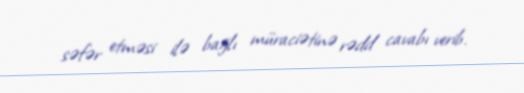
səfər etməsi ilə bağlı müraciətinə rədd cavabı verib.